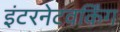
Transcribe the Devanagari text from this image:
इंटरनेटवर्किंग